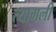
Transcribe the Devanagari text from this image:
त्यागली